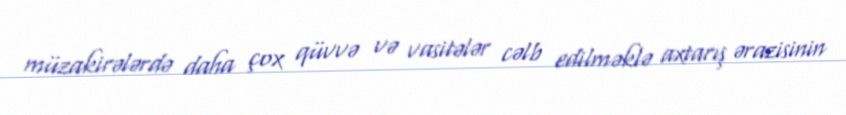
müzakirələrdə daha çox qüvvə və vasitələr cəlb edilməklə axtarış ərazisinin